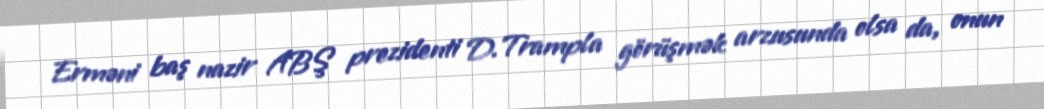
Erməni baş nazir ABŞ prezidenti D.Trampla görüşmək arzusunda olsa da, onun